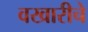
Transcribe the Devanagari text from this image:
वखारीचे